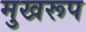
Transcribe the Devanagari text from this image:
मुखरूप